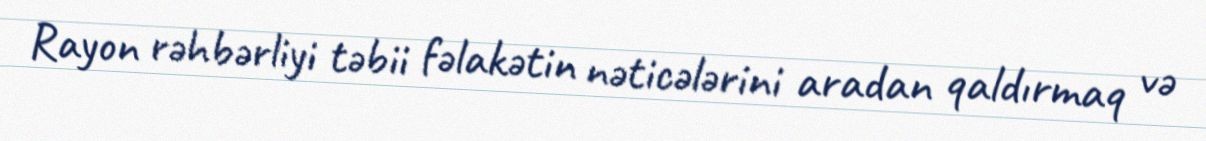
Rayon rəhbərliyi təbii fəlakətin nəticələrini aradan qaldırmaq və